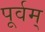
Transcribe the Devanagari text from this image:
पूर्वम्